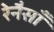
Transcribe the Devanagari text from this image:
रेनैसाँ